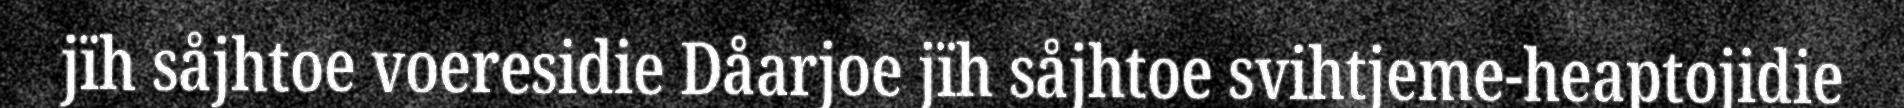
jïh såjhtoe voeresidie Dåarjoe jïh såjhtoe svihtjeme-heaptojidie